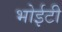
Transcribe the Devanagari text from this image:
भोईटी